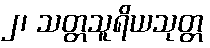
၂၊ သတ္တသူရိယသုတ္တ